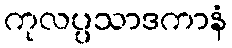
ကုလပ္ပသာဒကာနံ